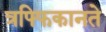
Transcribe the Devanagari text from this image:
त्रफ्फिकानते